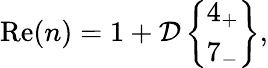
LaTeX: \begin{array}{r}{\mathrm{Re}(n)=1+\mathcal{D}\left\{ \begin{array}{l}{4_{+}}\\ {7_{-}}\end{array}\right\} ,}\end{array}